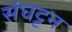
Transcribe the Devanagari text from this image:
संघट्टन